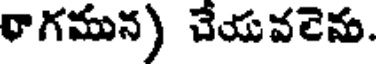
రాగమున) చేయవలెను.